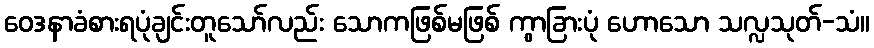
ဝေဒနာခံစားရပုံချင်းတူသော်လည်း သောကဖြစ်မဖြစ် ကွာခြားပုံ ဟောသော သလ္လသုတ်-သံ။